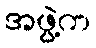
အဖွဲ့က